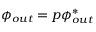
\phi _ { o u t } = p \phi _ { o u t } ^ { * }